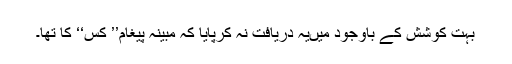
بہت کوشش کے باوجود میںیہ دریافت نہ کرپایا کہ مبینہ پیغام’’ کس‘‘ کا تھا۔